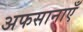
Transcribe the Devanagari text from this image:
अफसानाएँ